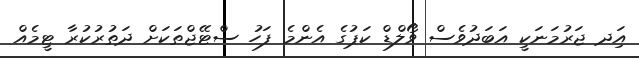
އަިދ ޖަރުމަނަކީ އަބަދުވެސް ވޯލްޑް ކަޕުގެ އެންމެ ފަހު ސްޓޭޖްތަކަށް ދަތުރުކުރާ ޓީމެއް